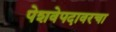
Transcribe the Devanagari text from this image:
पेशवेपदावरचा